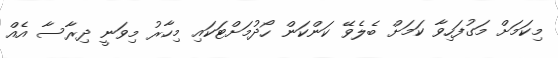
މިކަމަށް މަގުފަހިވާ ކަމަށް ބެލެވޭ ކަންކަން ހޯދުމަށްޓަކައި މިހާރު މިވަނީ ދިރާސާ އެއް